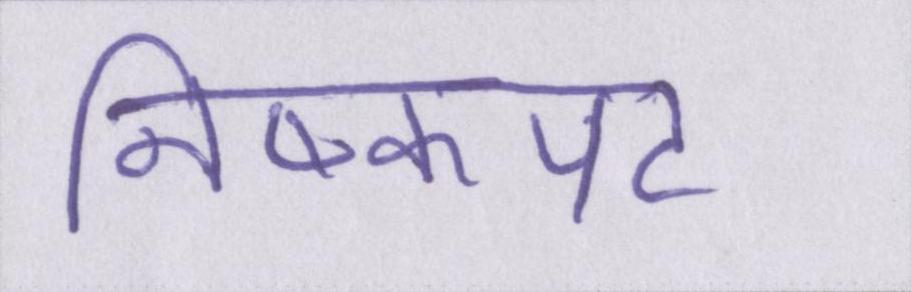
निष्कपट